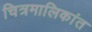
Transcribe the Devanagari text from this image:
चित्रमालिकांत